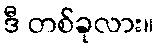
ဒီ တစ်ခုလား။